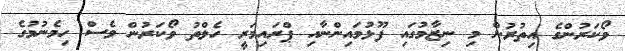
ވޯކަރުންގެ އިތުރުން މި ނިޒާމުގައި ފޫޅުމައިންނާއި ޕްރައިމަރީ ހެލްތު ވޯކަރުން ވެސް ހިމެނުމުގެ